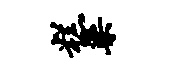
糕梁